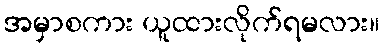
အမှာစကား ယူထားလိုက်ရမလား။